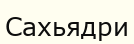
Сахьядри